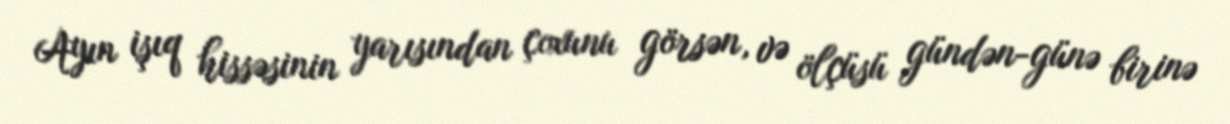
Ayın işıq hissəsinin yarısından çoxunu görsən, və ölçüsü gündən-günə birinə